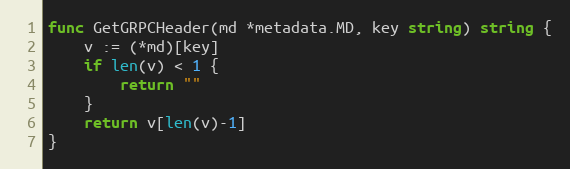
Language: Go
func GetGRPCHeader(md *metadata.MD, key string) string {
	v := (*md)[key]
	if len(v) < 1 {
		return ""
	}
	return v[len(v)-1]
}